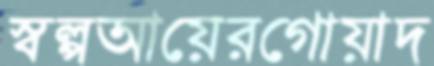
স্বল্পআয়েরগোয়াদ